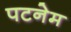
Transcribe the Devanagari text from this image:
पटनेम